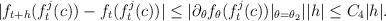
LaTeX: \begin{align*}|f_{t+h}(f_{t}^{j}(c)) - f_{t}(f_{t}^{j}(c))|\le |\partial_\theta f_{\theta}(f_t^{j}(c))|_{\theta=\theta_2}||h|\leq C_4|h|.\end{align*}